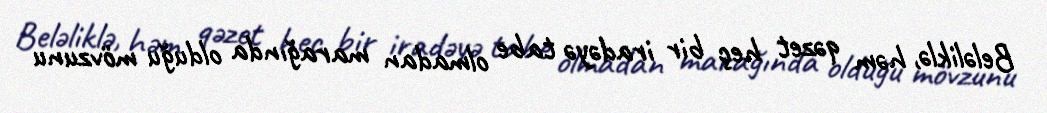
Beləliklə, həm qəzet heç bir iradəyə tabe olmadan marağında olduğu mövzunu